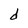
Character: d